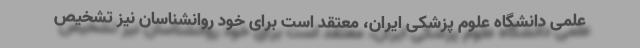
علمی دانشگاه علوم پزشکی ایران، معتقد است برای خود روانشناسان نیز تشخیص